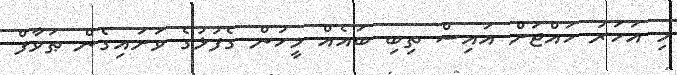
މި އަހަރު ހައްޖަށް އައިސް ތިބި ބައެއް މީހުން ގެފުޅުގެ ވަށައިގެން ޠަވާފް